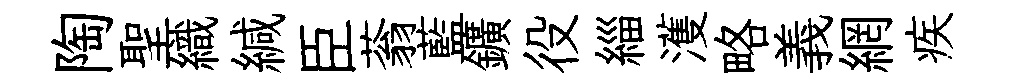
陶聖織緘臣蓊藍鑛役緇濩略義網疾